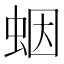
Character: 𧊭